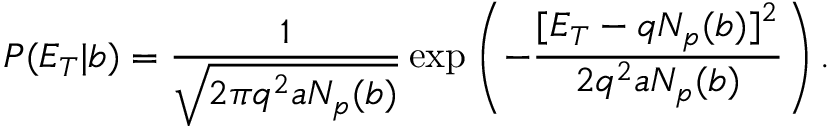
P ( E _ { T } | b ) = \frac { 1 } { \sqrt { 2 \pi q ^ { 2 } a N _ { p } ( b ) } } \exp \left( - \frac { [ E _ { T } - q N _ { p } ( b ) ] ^ { 2 } } { 2 q ^ { 2 } a N _ { p } ( b ) } \right) .